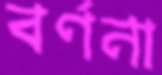
বর্ণনা